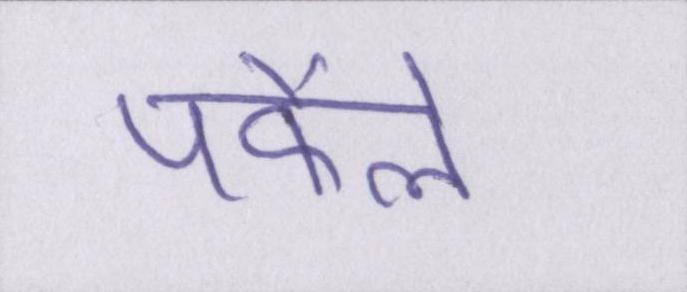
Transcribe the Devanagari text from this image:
पफैले